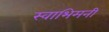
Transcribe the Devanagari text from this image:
स्वाभिमनी